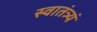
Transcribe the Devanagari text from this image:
स्वातंत्र्यं